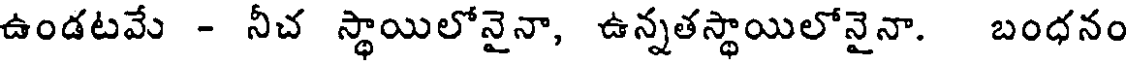
ఉండటవే - నీచ స్థాయిలోనైనా, ఉన్నతస్థాయిలోనైనా. బంధనం